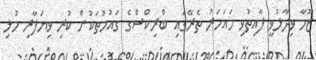
ޒޫމާ ވިދާޅުވީ ފާއިތުވި ހައަހަރު ތެރޭގައި ބްރިކްސްގެ ގައުމުތަކުން ކުރި ވިޔަފާރި މުޅި